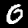
Digit: 0